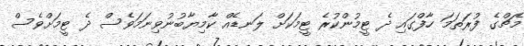
މެޗްގެ ފުރަތަމަ ހާފްގައި ދެ ޓީމުންކުރެ ޓީމަކަށް ލަނޑެއް ކާމިޔާބުނުވިނަމަވެސް ދެ ޓީމަށްވެސް